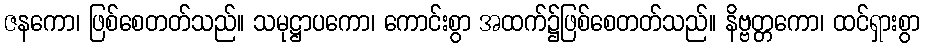
ဇနကော၊ ဖြစ်စေတတ်သည်။ သမုဋ္ဌာပကော၊ ကောင်းစွာ အထက်၌ဖြစ်စေတတ်သည်။ နိဗ္ဗတ္တကော၊ ထင်ရှားစွာ